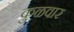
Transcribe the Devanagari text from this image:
कुळवार